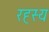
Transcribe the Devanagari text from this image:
रह्स्य